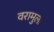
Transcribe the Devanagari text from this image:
वरामुला